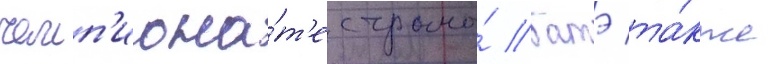
чемп'иона́т'е страны́ батэ та́кже